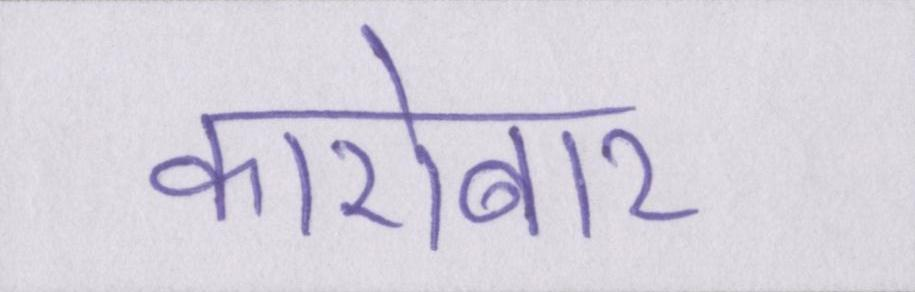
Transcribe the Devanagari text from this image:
कारोबार